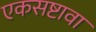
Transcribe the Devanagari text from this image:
एकसष्टावा